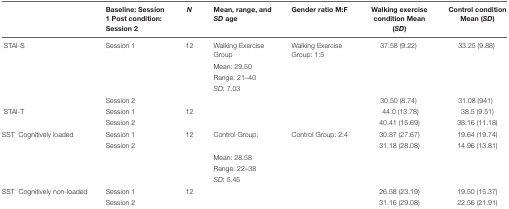
<table><thead><tr><td></td><td><b>Baseline: Session 1 Post condition: Session 2</b></td><td><b><i>N</i></b></td><td><b>Mean, range, and <i>SD</i> age</b></td><td><b>Gender ratio M:F</b></td><td><b>Walking exercise condition Mean (<i>SD</i>)</b></td><td><b>Control condition Mean (<i>SD</i>)</b></td></tr></thead><tbody><tr><td>STAI-S</td><td>Session 1</td><td>12</td><td>Walking Exercise Group</td><td>Walking Exercise Group: 1:5</td><td>37.58 (9.22)</td><td>33.25 (9.88)</td></tr><tr><td></td><td></td><td></td><td>Mean: 29.50</td><td></td><td></td><td></td></tr><tr><td></td><td></td><td></td><td>Range: 21–40</td><td></td><td></td><td></td></tr><tr><td></td><td></td><td></td><td><i>SD</i>: 7.03</td><td></td><td></td><td></td></tr><tr><td></td><td>Session 2</td><td></td><td></td><td></td><td>30.50 (8.74)</td><td>31.08 (941)</td></tr><tr><td>STAI-T</td><td>Session 1</td><td>12</td><td></td><td></td><td>44.0 (13.78)</td><td>38.5 (9.51)</td></tr><tr><td></td><td>Session 2</td><td></td><td></td><td></td><td>40.41 (15.69)</td><td>38.16 (11.18)</td></tr><tr><td>SST Cognitively loaded</td><td>Session 1</td><td>12</td><td>Control GROUP:</td><td>Control GROUP: 2:4</td><td>30.87 (27.67)</td><td>19.64 (19.74)</td></tr><tr><td></td><td>Session 2</td><td></td><td></td><td></td><td>31.18 (28.08)</td><td>14.96 (13.81)</td></tr><tr><td></td><td></td><td></td><td>Mean: 28.58</td><td></td><td></td><td></td></tr><tr><td></td><td></td><td></td><td>Range: 22–38</td><td></td><td></td><td></td></tr><tr><td></td><td></td><td></td><td><i>SD</i>: 5.45</td><td></td><td></td><td></td></tr><tr><td>SST Cognitively NON-loaded</td><td>Session 1</td><td>12</td><td></td><td></td><td>26.58 (23.19)</td><td>19.50 (15.37)</td></tr><tr><td></td><td>Session 2</td><td></td><td></td><td></td><td>31.16 (29.08)</td><td>22.56 (21.91)</td></tr></tbody></table>